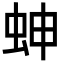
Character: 𧊋